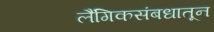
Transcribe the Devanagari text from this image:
लैंगिकसंबधातून